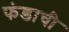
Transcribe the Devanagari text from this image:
फंडाची